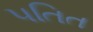
પતિત